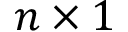
n \times 1